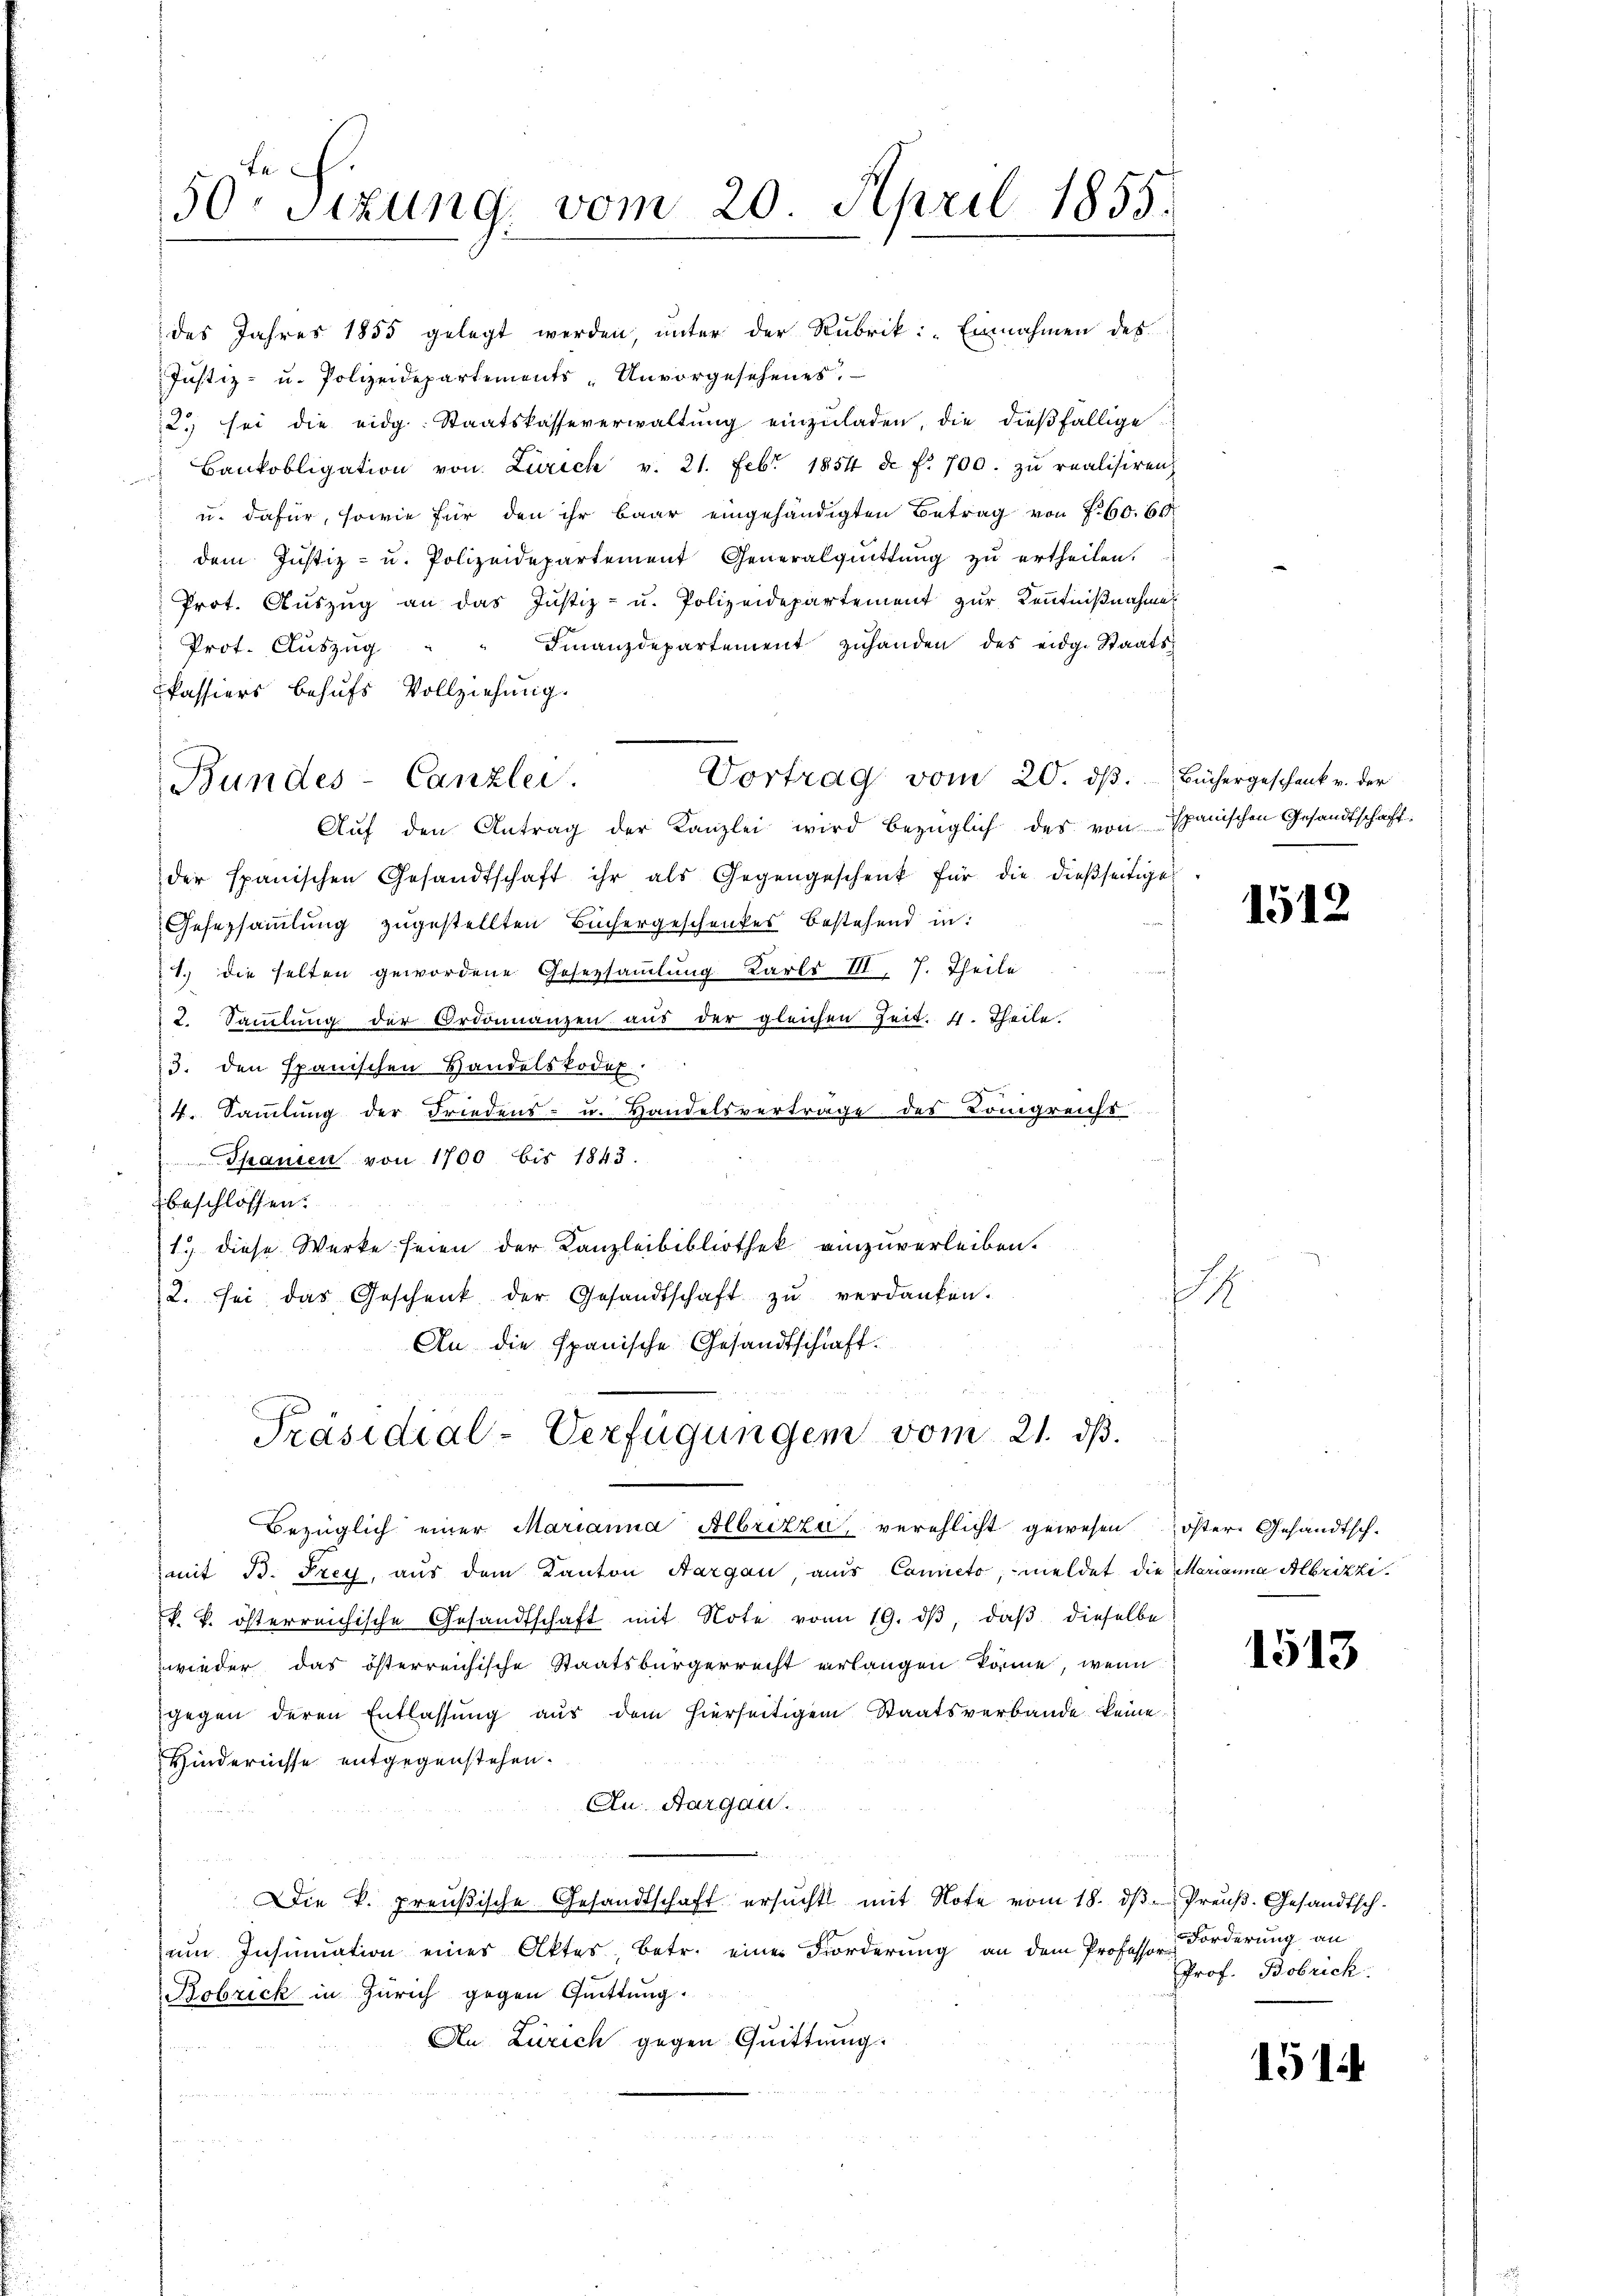
des Jahres 1855 gelegt werden, unter der Rubrik: „Einnahmen des
Justiz- u. Polizeidepartements-Unvorgesehenes.
2) sei die eidg. Staatskasseverwaltung einzuladen, die dießfällige
 Bankobligation von Zürich v. 21. Febr. 1851 u. f. 700. zŭ realisiren.
u. dafür, sowie für den ihr baar eingehändigten Betrag von 760. 61
dem Justiz- u. Polizeidepartement Generalquittŭng zŭ ertheilen.
Prot. Auszug an das Justiz- u. Polizeidepartement zur Kenntnißnahme
Finanzdepartement zuhanden des eidg. Staats-
Prot. Auszug
Passiers behufs Vollziehung.
Vortrag vom 20. ds. Büchergeschenk v. der
Aŭf den Antrag der Kanzlei wird bezüglich des von Spanischen Gesandtschaft.
der spanischen Gesandtschaft ihr als Gegengeschenk für die dießseitige
Gesezsammlung zugestellten Büchergeschenkes bestehend in:
1.) die selten gewordene Gesetzsamlung Karls III 7. Theile
2. Sammlung der Ordinanzen aus der gleichen Zeit. 4. Theile.
13. den Spanischen Handelskodex.
4. Sammlung der Friedens- u. Handelsvertrage des Königreichs
Spanien von 1700 bis 1843.
beschlossen:
15. diese Werke seien der Kanzleibibliothek einzuverleiben.
2. sei das Geschenk der Gesandtschaft zŭ verdanken.
An die Spanische Gesandtschaft.

50r Sizung vom 20. April 1855.

Bundes-Canzlei.

Präsidial-Verfügungen vom 21. dβ.

Bezüglich einer Marianna Albritze, verehlicht gewesen öster Gesandtschmit B. Frey, aus dem Kanton Aargau, aus Conneto, meldet die Marianna Albrizzik. k. österreichische Gesandtschaft mit Note vom 19. dβ, daβ dieselbe
wieder das österreichische Staatsbürgerrecht erlangen könne, wenn
gegen deren Entlassung aus dem hierseitigem Staatsverbande keine
Hindernisse entgegenstehen.
Au Aargau.
Die k. preußische Gesandtschaft ersŭcht mit Note vom 18. dβ Preŭβ.Gesandtsch-
um Insinuation eines Aktes, betr. einer Forderung an dem Professor Forderung an
Robrick in Zürich gegen Quittung.
An Zürich gegen Quittung.
enn er

1

1512

1513

Prof. Bobrick.

151